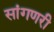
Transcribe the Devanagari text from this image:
सांगणरी